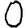
Digit: 0